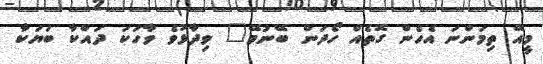
މީއޭ ތިމަންނަ އެހެން ގޮތެއް ހޯދަން ބޭނުމޭ" ވިދާޅުވެ ވާހަކަ ދައްކާ ބަޔަކާ